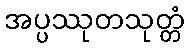
အပ္ပဿုတသုတ္တံ